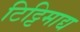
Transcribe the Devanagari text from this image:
टिट्टिमाद्य